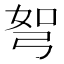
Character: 𭚯